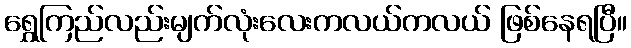
ရွှေကြည်လည်းမျက်လုံးလေးကလယ်ကလယ် ဖြစ်နေရပြီ။